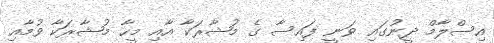
އިސްލާމް ދީނުގައި ވަނީ ފައިސާ ގެ މުޝާރަކާ އާއި މީހާ މުޝާރަކާ ވުމާއި